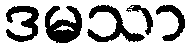
ဒမသာ